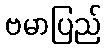
ဗမာပြည်